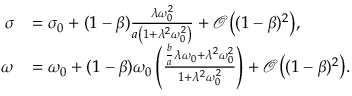
\begin{array} { r l } { \sigma } & { = \sigma _ { 0 } + ( 1 - \beta ) \frac { \lambda \omega _ { 0 } ^ { 2 } } { a \left( 1 + \lambda ^ { 2 } \omega _ { 0 } ^ { 2 } \right) } + \mathcal { O } \bigl ( ( 1 - \beta ) ^ { 2 } \bigr ) , } \\ { \omega } & { = \omega _ { 0 } + ( 1 - \beta ) \omega _ { 0 } \left( \frac { \frac { b } { a } \lambda \omega _ { 0 } + \lambda ^ { 2 } \omega _ { 0 } ^ { 2 } } { 1 + \lambda ^ { 2 } \omega _ { 0 } ^ { 2 } } \right) + \mathcal { O } \bigl ( ( 1 - \beta ) ^ { 2 } \bigr ) . } \end{array}